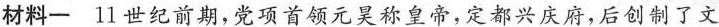
材料一11世纪前期，党项首领元昊称皇帝，定都兴庆府，后创制了文